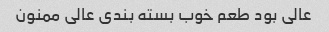
عالی بود طعم خوب بسته بندی عالی ممنون